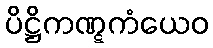
ပိဋ္ဌိကဏ္ဋကံယေဝ